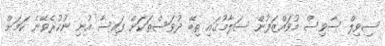
ސިވިލް ސާވިސް މުވައްޒަފުން ސަލާމުގައި ތިބޭ ދުވަސްތަކަށް ފައިސާ އުނި ނުކުރެވޭނެ ކަމަށް